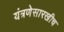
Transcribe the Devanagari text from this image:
यंत्रणेसारखीच